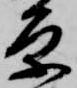
原